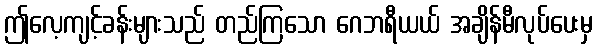
ဤလေ့ကျင့်ခန်းများသည် တည်ကြသော ဂေဘရီယယ် အချိန်မီလုပ်ပေးမှ